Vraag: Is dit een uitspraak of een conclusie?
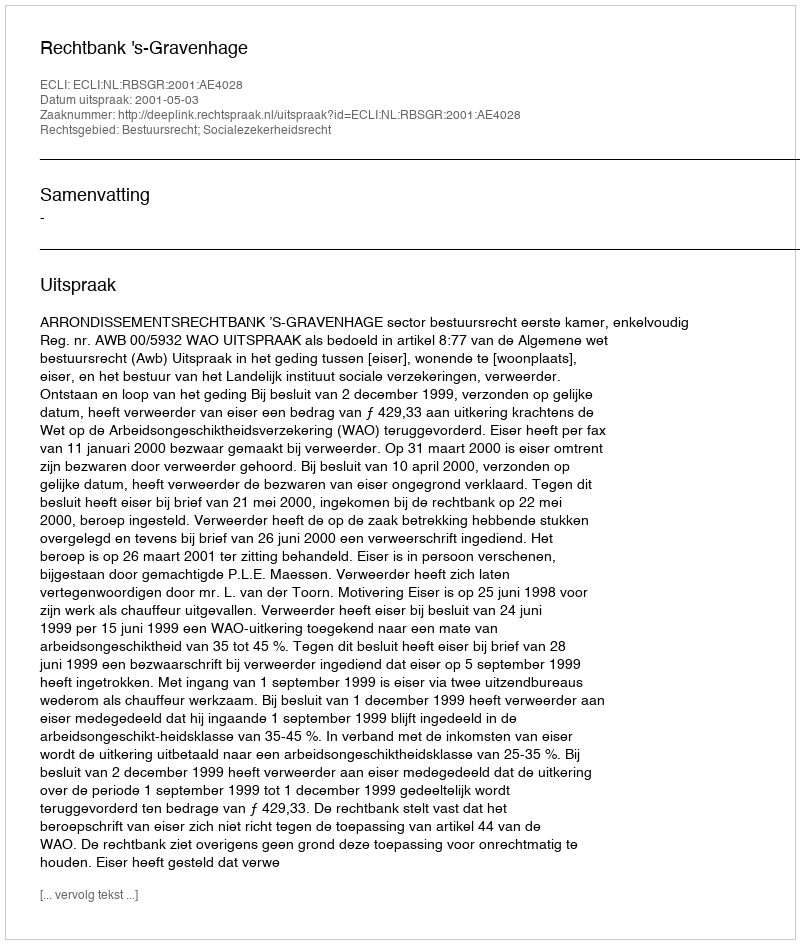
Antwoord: Uitspraak